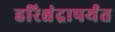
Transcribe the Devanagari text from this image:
हरिश्चंद्रापर्यंत